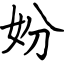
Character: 妢